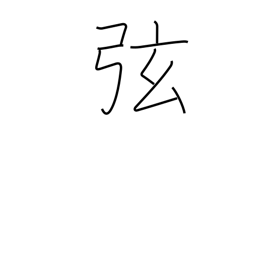
Meaning: hypotenuse